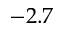
- 2 . 7